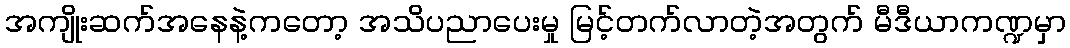
အကျိုးဆက်အနေနဲ့ကတော့ အသိပညာပေးမှု မြင့်တက်လာတဲ့အတွက် မီဒီယာကဏ္ဍမှာ